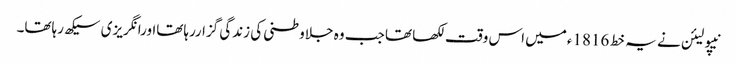
نیپولیئن نے یہ خط 1816ءمیں اس وقت لکھا تھا جب وہ جلاوطنی کی زندگی گزاررہاتھااورانگریزی سیکھ رہاتھا۔